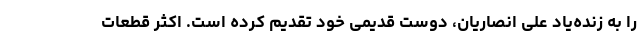
را به زنده‌یاد علی انصاریان، دوست قدیمی خود تقدیم کرده است. اکثر قطعات